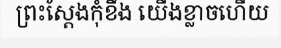
ព្រះស្តែងកុំខឹង យើងខ្លាចហើយ